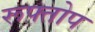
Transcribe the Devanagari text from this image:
रूफ्तोप